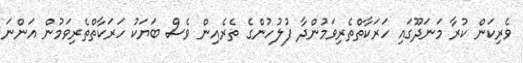
ވެރިކަން ކުރާ މަނަދޫގައި ހަރަކާތްތެރިވަމުންދާ ފުލުހުންގެ ތެރެއިން ވެސް ބަޔަކު ހަރަކާތްތެރިވަމުން އަންނަ